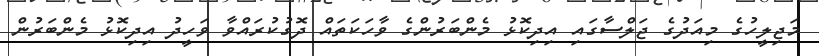
މަޖިލީހުގެ މިއަދުގެ ޖަލްސާގައި އިދިކޮޅު މެންބަރުންގެ ވާހަކަތައް ދޮގުކުރައްވާ ވަހީދު އިދިކޮޅު މެންބަރުން